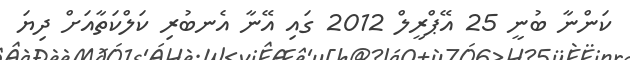
ކަންނާ ބުނީ 25 އޭޕްރީލް 2012 ގައި އޭނާ އެނބުރި ކަލްކަތާއަށް ދިޔަ